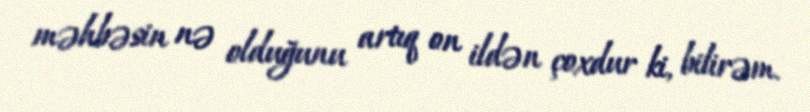
məhbəsin nə olduğunu artıq on ildən çoxdur ki, bilirəm.